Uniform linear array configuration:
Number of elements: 4
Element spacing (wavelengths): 1
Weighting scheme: kaiser
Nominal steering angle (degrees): -30
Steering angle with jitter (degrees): -30.282
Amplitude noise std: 0.05
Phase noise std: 0.05

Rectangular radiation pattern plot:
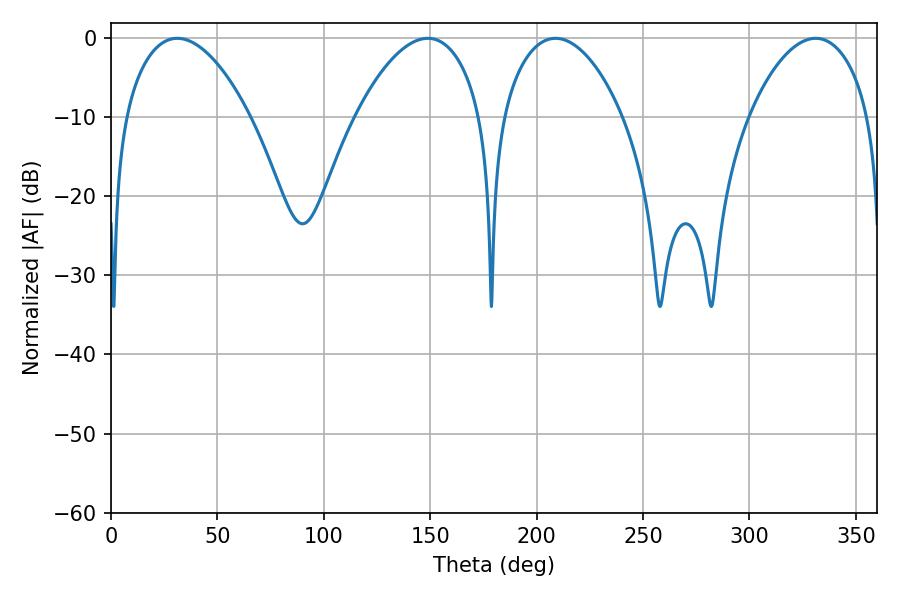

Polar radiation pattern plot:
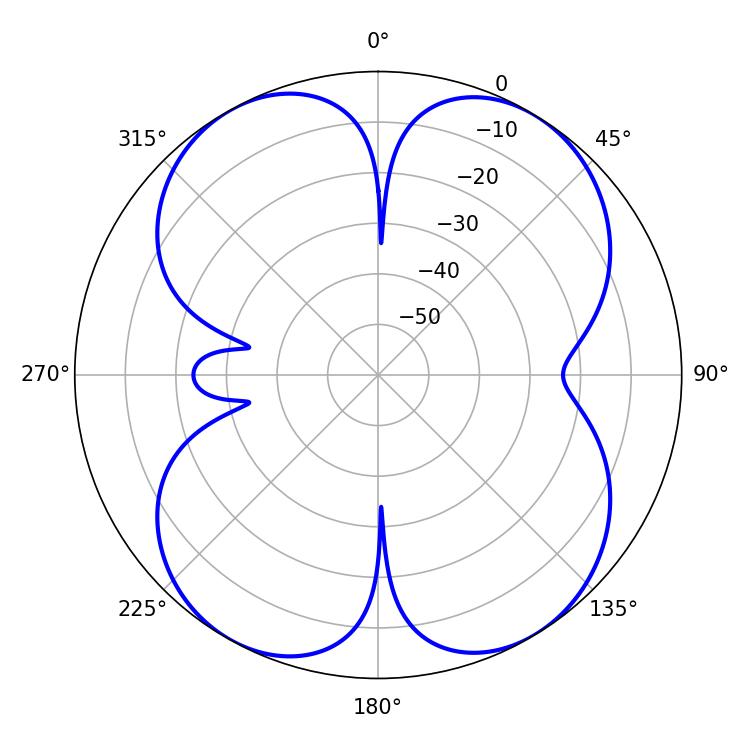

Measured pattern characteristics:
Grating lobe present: TRUE
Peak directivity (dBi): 13.979
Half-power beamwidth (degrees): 32.76
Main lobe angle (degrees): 31.14